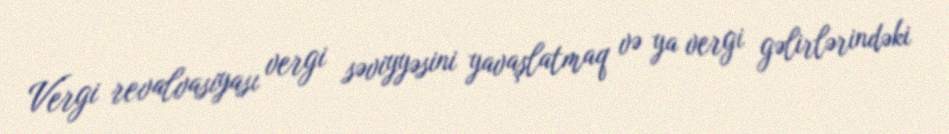
Vergi revalvasiyası vergi səviyyəsini yavaşlatmaq və ya vergi gəlirlərindəki